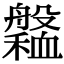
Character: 𦪹